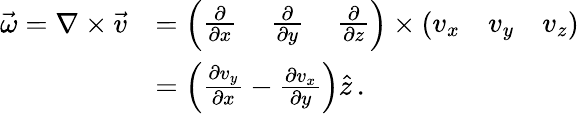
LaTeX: {\begin{array}{rl}{{\vec{\omega}}=\nabla\times{\vec{v}}}&{={\left(\begin{array}{lll}{{\frac{\partial}{\partial x}}}&{\, {\frac{\partial}{\partial y}}}&{\, {\frac{\partial}{\partial z}}}\end{array}\right)}\times{\left(\begin{array}{lll}{v_{x}}&{v_{y}}&{v_{z}}\end{array}\right)}}\\ &{=\left({\frac{\partial v_{y}}{\partial x}}-{\frac{\partial v_{x}}{\partial y}}\right){\hat{z}}\, .}\end{array}}